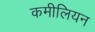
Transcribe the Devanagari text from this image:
कमीलियन